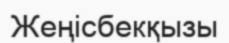
Жеңісбекқызы